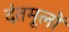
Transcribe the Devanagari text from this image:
दंतमूलों